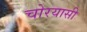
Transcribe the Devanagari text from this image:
चोरयासी